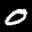
Label: 0